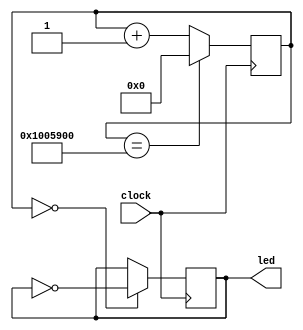
`timescale 1ns / 1ps

//clock divider for fingerprint segment

module clock1(input clock, output reg led = 0);

    reg [24:0] COUNT = 25'b0;
    
    always @ (posedge clock) begin

        COUNT <= (COUNT==25'b1000000000101100100000000)?25'b0:COUNT + 1;
        led <= (COUNT == 25'b0)?~led:led;
    end

endmodule